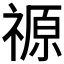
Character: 𮂋